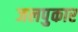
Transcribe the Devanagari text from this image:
जलपुकार